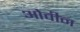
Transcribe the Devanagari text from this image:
ओवीन